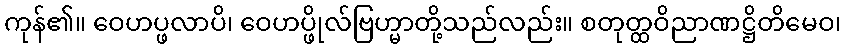
ကုန်၏။ ဝေဟပ္ဖလာပိ၊ ဝေဟပ္ဖိုလ်ဗြဟ္မာတို့သည်လည်း။ စတုတ္ထဝိညာဏဋ္ဌိတိမေဝ၊